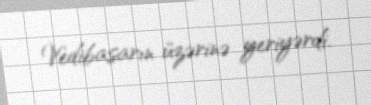
Vedibasarın üzərinə yeriyərdi.